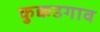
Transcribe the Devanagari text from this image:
कुक्कडगाव